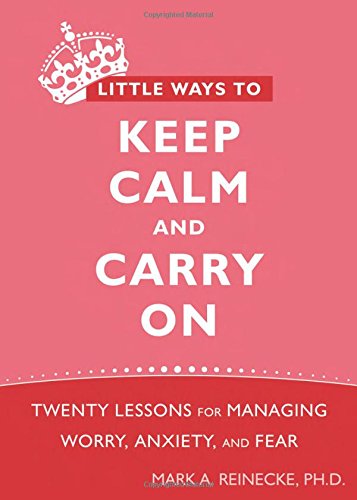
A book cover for Little Ways to Keep Calm and Carry On: Twenty Lessons for Managing Worry, Anxiety, and Fear; Mark Reinecke PhD; Self-Help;